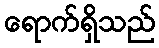
ရောက်ရှိသည်